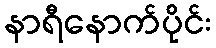
နာရီနောက်ပိုင်း